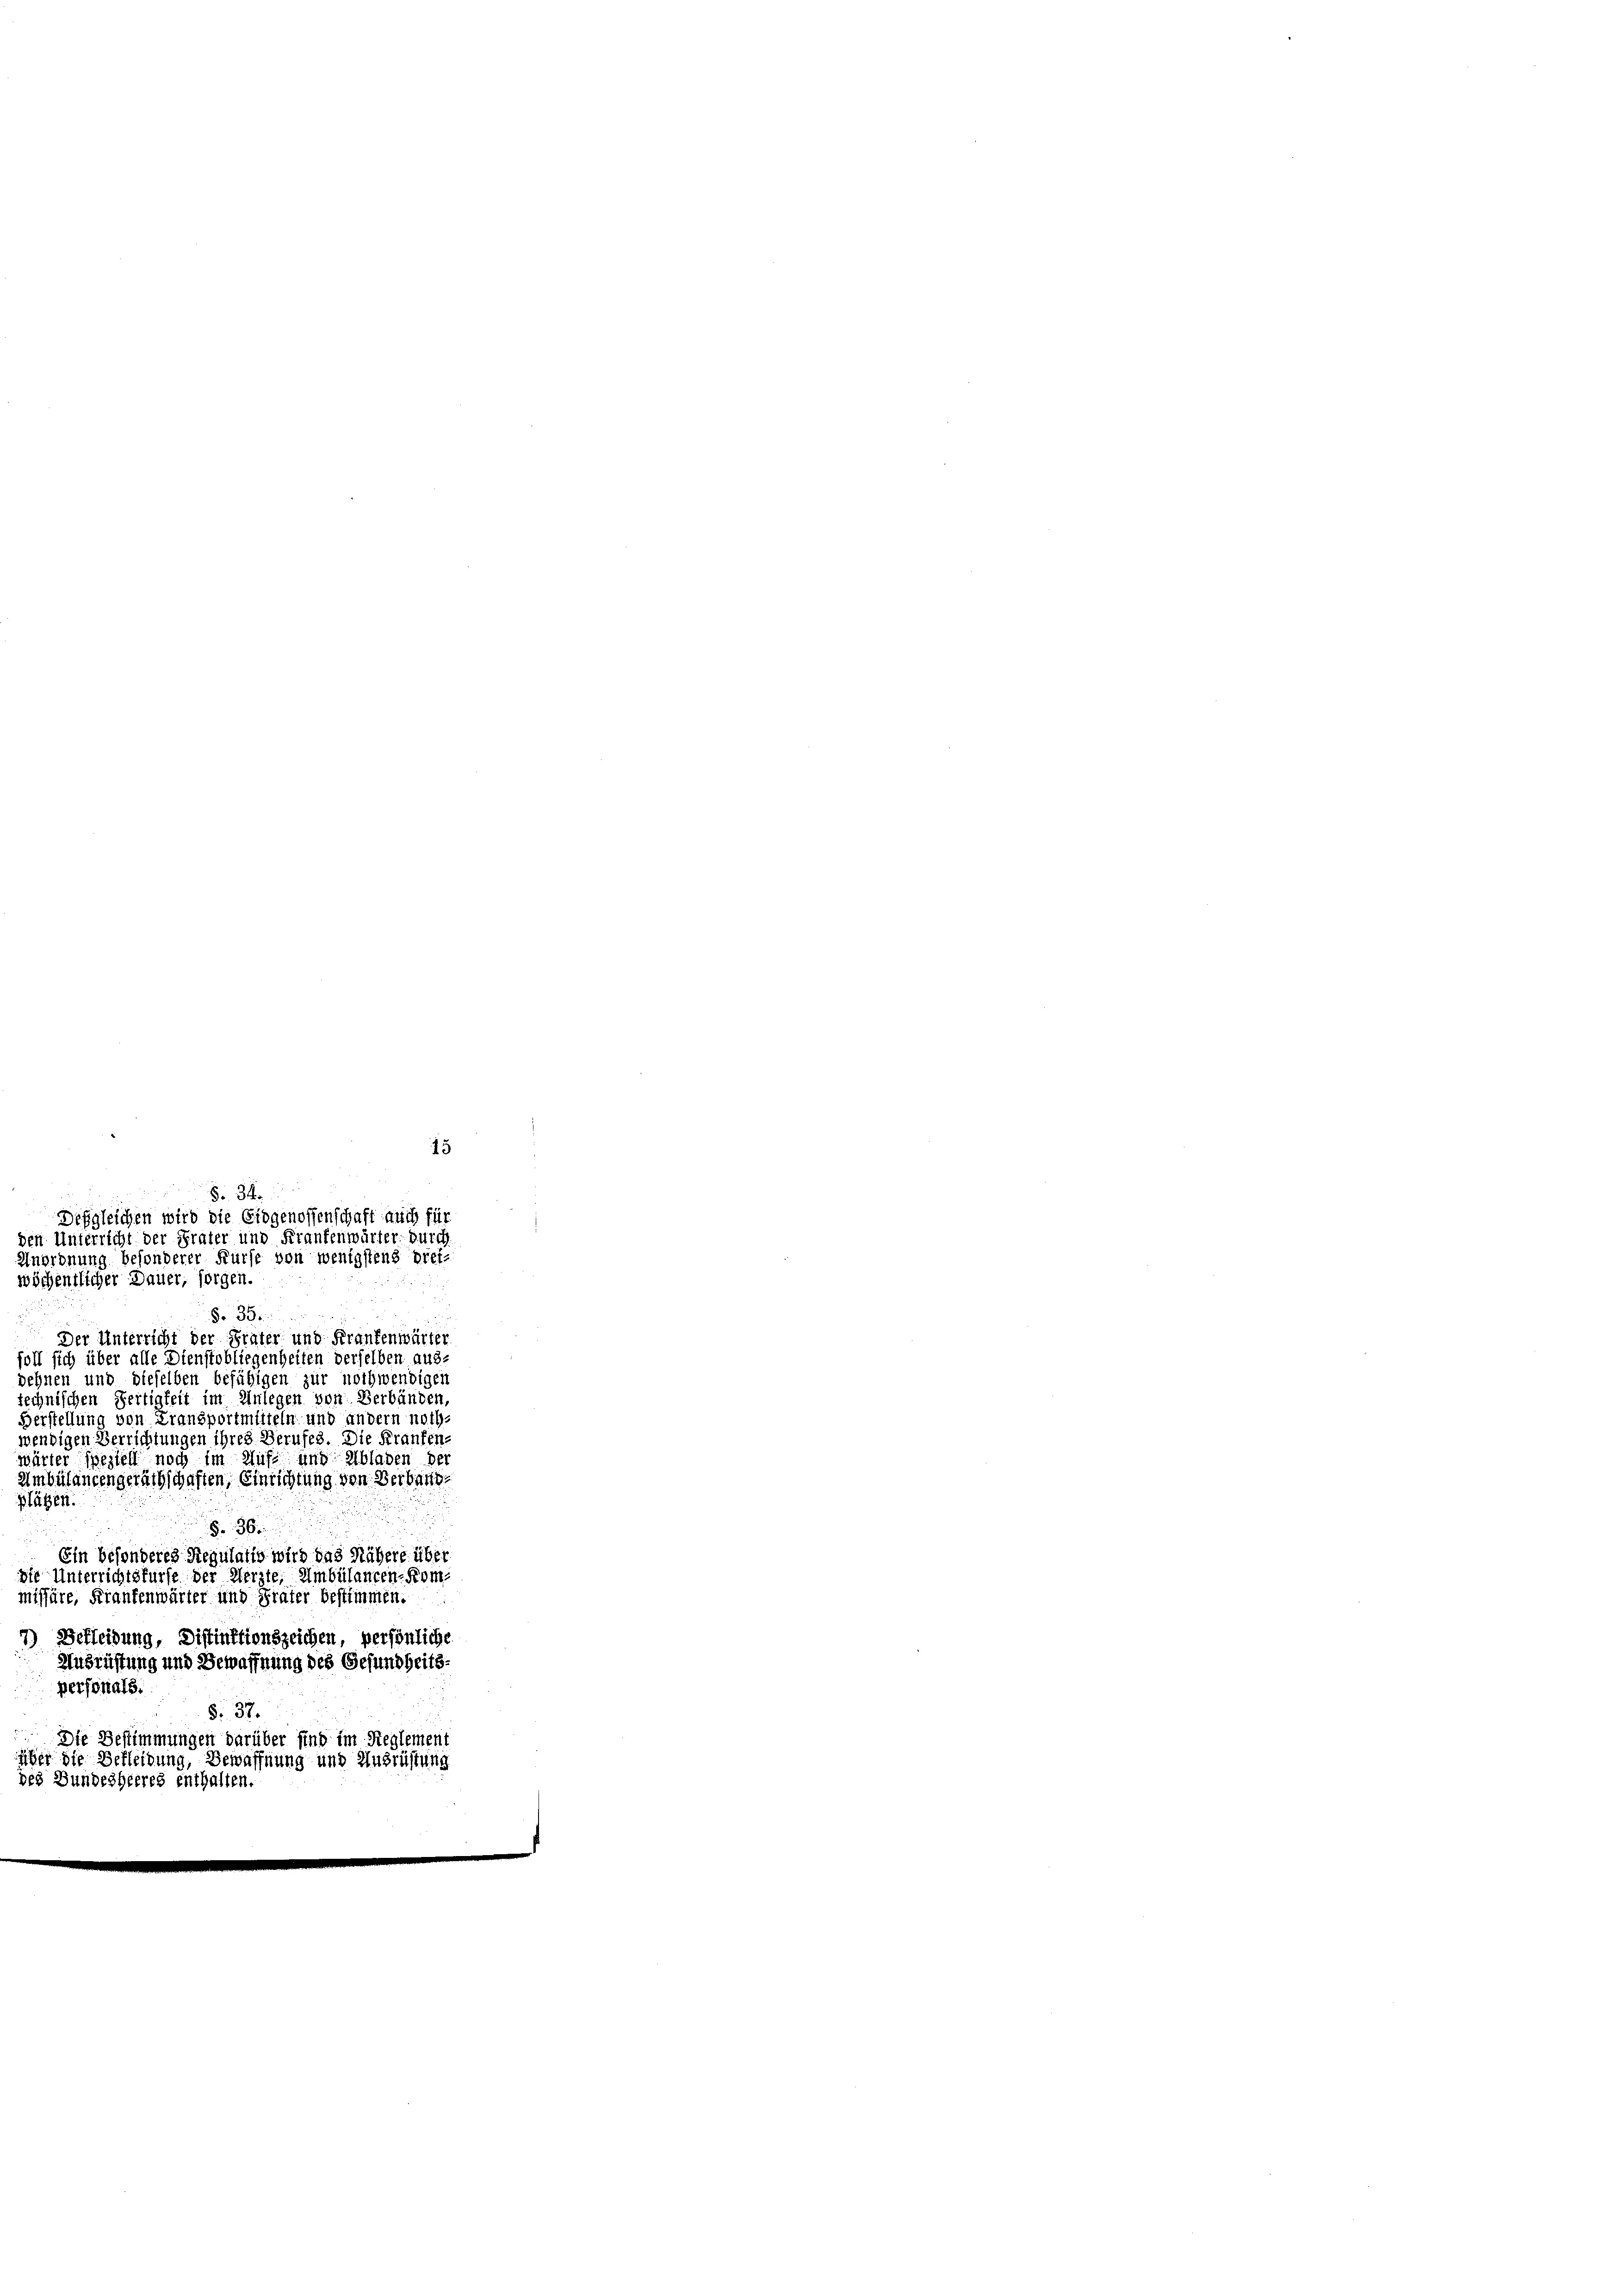
wöchentlicher Dauer, sorgen.
§. 35.
Der Unterricht der Präter und Frankenwärter
i sich über alle Dienstobliegenheiten derselben ausdehnen und dieselben befähigen zur nothwendigen
technischen Fertigkeit im Anlegen von Verbänden
Berstellung von Transportmliteln und andern noth
wendigen Verrichtungen ihres Berufes. Die Kranken
ärter speziell noch im Rufe und Abladen de
mbülancengeräthschaften, Einrichtung von Verbaus
plätzen.

Fr. 36
Ein besonderes Regulatio wird das Nähere über
te Unterrichtskurse der Herzte, Ambülancen-Komiffäre, Frankenwärter und Frater bestimmen.
7) Bekleidung, Distinktionszeichen, persönliche

15
§ 34.
Desgleichen wird die Eidgenossenschaft auch für
n Unterricht der Präter und Frankenwärter durch
Anordnung besonderer Kurse von wenigstens brei

Ausrüstung und Bewaffnung des Gesundheits
personals.
§. 37.
Die Bestimmungen darüber sind im Reglement

Eier die Bekleidung, Bewaffnung und Ausrüstung
des Bundesheeres enthalten.